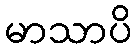
မာသာပိ